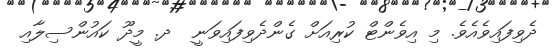
ދެވިފައިވެއެވެ. މި އިވެންޓް ކުރިއަށް ގެންދެވިފައިވަނީ  ދ. މީދޫ ކައުންސިލާއި